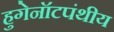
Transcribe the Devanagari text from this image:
हुगेनॉटपंथीय